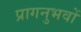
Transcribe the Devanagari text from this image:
प्रागनुभवों